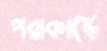
পরাকাষ্টে